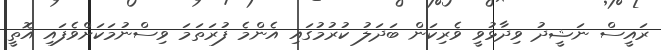
ރައީސް ނަޝީދު ވިދާޅުވީ ވެރިކަން ބަދަލު ކުރުމުގައި އެންމެ ފުރަތަމަ ވިސްނުމަކަށްވެފައި އޮތީ